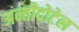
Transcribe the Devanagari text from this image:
अन्तीदोटेल